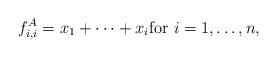
LaTeX: \begin{align*}f_{i,i}^A = x_1+\cdots+x_i {\rm for} \ i=1,\ldots, n, \end{align*}